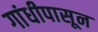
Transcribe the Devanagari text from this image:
गांधीपासून